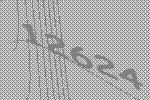
12624